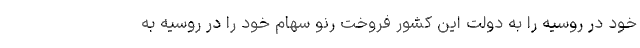
خود در روسیه را به دولت این کشور فروخت رنو سهام خود را در روسیه به